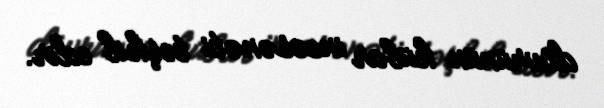
dövrünün kübar incəsənəti təşkil edir.